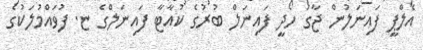
އެލްޕީ ފައިނަލުން ޖާގަ ހޯދީ ފައިނަލް ބުރުގެ ކުއާޓާ ފައިނަލްގެ ޏ. ފުވައްމުލަކުގެ